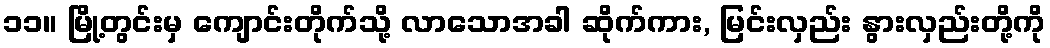
၁၁။ မြို့တွင်းမှ ကျောင်းတိုက်သို့ လာသောအခါ ဆိုက်ကား, မြင်းလှည်း နွားလှည်းတို့ကို